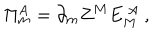
LaTeX: \Pi _ { m } ^ { A } = \partial _ { m } Z ^ { M } E _ { M } ^ { ~ A } ~ ,